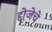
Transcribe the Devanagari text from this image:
होजेचे